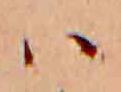
ハ